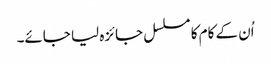
اُن کے کام کا مسلسل جائزہ لیا جائے۔